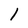
Character: l